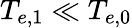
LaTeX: T_{e,1}\ll T_{e,0}